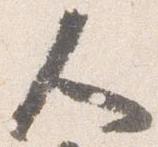
人